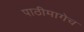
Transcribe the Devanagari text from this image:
पाठीमागेच